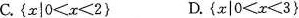
C. $${ x | 0 ≤x ≤ 2}$$ D. $${ x | 0 ≤ x ≤ 3 }$$